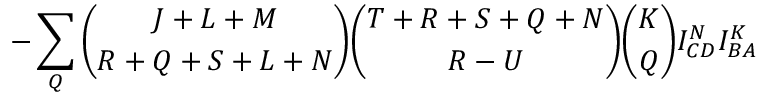
- \sum _ { Q } { \binom { J + L + M } { R + Q + S + L + N } } { \binom { T + R + S + Q + N } { R - U } } { \binom { K } { Q } } I _ { C D } ^ { N } I _ { B A } ^ { K }